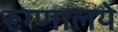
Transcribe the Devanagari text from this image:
रूग्णालये